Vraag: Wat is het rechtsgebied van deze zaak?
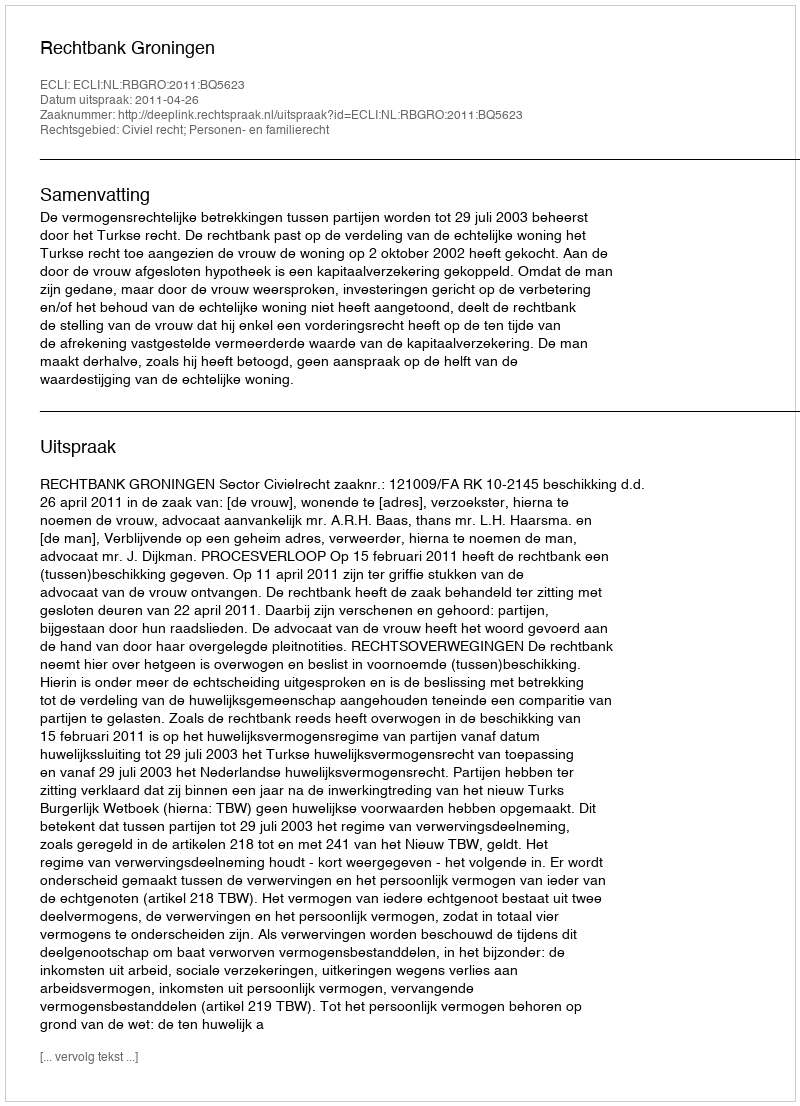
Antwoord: Civiel recht; Personen- en familierecht